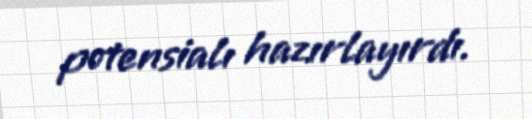
potensialı hazırlayırdı.